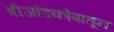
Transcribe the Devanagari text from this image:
बीजांडकोषातून